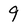
Character: 9